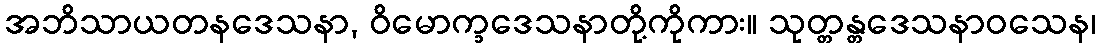
အဘိသာယတနဒေသနာ, ဝိမောက္ခဒေသနာတို့ကိုကား။ သုတ္တန္တဒေသနာဝသေန၊